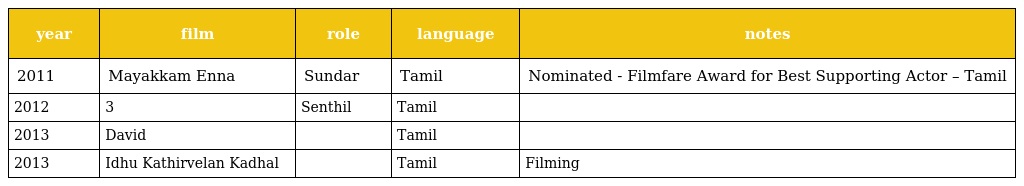
| year | film | role | language | notes |
 | --- | --- | --- | --- | --- |
 | 2011 | Mayakkam Enna | Sundar | Tamil | Nominated - Filmfare Award for Best Supporting Actor – Tamil |
 | 2012 | 3 | Senthil | Tamil |  |
 | 2013 | David |  | Tamil |  |
 | 2013 | Idhu Kathirvelan Kadhal |  | Tamil | Filming |